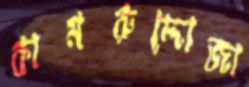
কামরুদ্দোজা